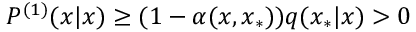
P ^ { ( 1 ) } ( x | x ) \geq ( 1 - \alpha ( x , x _ { * } ) ) q ( x _ { * } | x ) > 0